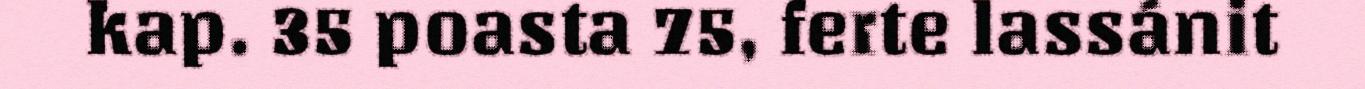
kap. 35 poasta 75, ferte lassánit